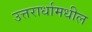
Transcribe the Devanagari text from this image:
उत्तरार्धामधील